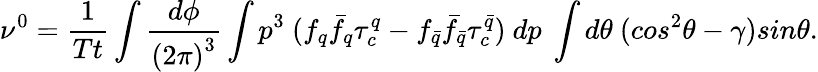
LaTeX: \nu^{0}=\frac{1}{Tt}\int\frac{d\phi}{{(2\pi)}^{3}}\int p^{3}~(f_{q}{\bar{f}_{q}}\tau_{c}^{q}-f_{\bar{q}}{\bar{f}_{\bar{q}}}\tau_{c}^{\bar{q}})~dp~\int d\theta~(cos^{2}\theta-\gamma)sin\theta.